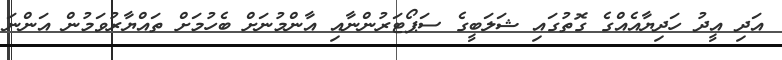
އަދި އީދު ހަދިޔާއެއްގެ ގޮތުގައި ޝަލަބީގެ ސަޕޯޓަރުންނާއި އާންމުނަށް ބެހުމަށް ތައްޔާރުވަމުން އަންނަ